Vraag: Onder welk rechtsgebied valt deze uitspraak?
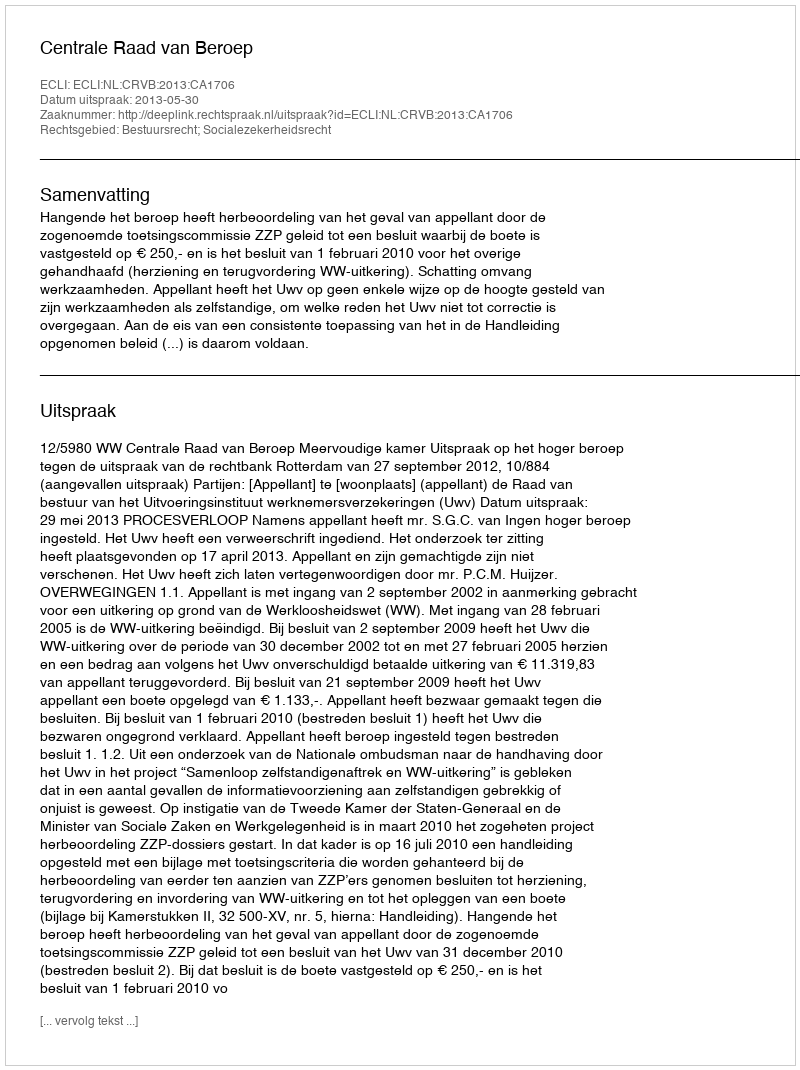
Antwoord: Bestuursrecht; Socialezekerheidsrecht